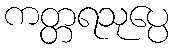
ကတ္တရသုပ္ပေ